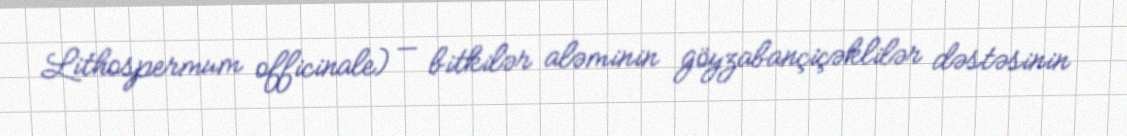
Lithospermum officinale) — bitkilər aləminin göyzabançiçəklilər dəstəsinin